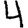
Digit: 4